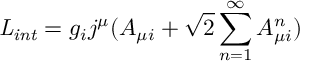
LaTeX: { \it L _ { i n t } } = g _ { i } j ^ { \mu } ( A _ { \mu i } + \sqrt 2 \sum _ { n = 1 } ^ { \infty } A _ { \mu i } ^ { n } )